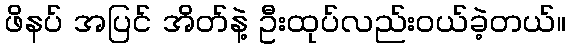
ဖိနပ် အပြင် အိတ်နဲ့ ဦးထုပ်လည်းဝယ်ခဲ့တယ်။